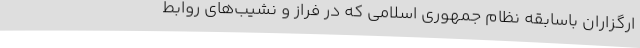
ارگزاران باسابقهٔ نظام جمهوری اسلامی که در فراز و نشیب‌های روابط